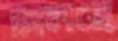
ঢালছে